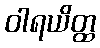
ဝါရယိတ္ထ